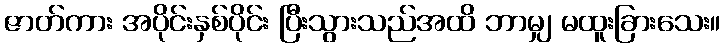
ဇာတ်ကား အပိုင်းနှစ်ပိုင်း ပြီးသွားသည်အထိ ဘာမျှ မထူးခြားသေး။